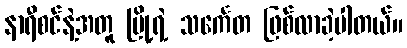
နာရီစင်နဲ့အတူ မြို့ရဲ့ သင်္ကေတ ဖြစ်လာခဲ့ပါတယ်။